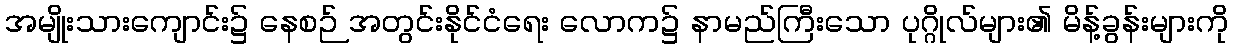
အမျိုးသားကျောင်း၌ နေစဉ် အတွင်းနိုင်ငံရေး လောက၌ နာမည်ကြီးသော ပုဂ္ဂိုလ်များ၏ မိန့်ခွန်းများကို